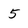
Character: 5